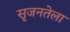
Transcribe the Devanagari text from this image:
सृजनतेला